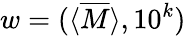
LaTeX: w=(\langle{\overline{{M}}}\rangle,10^{k})